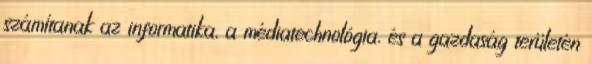
számítanak az informatika, a médiatechnológia, és a gazdaság területén